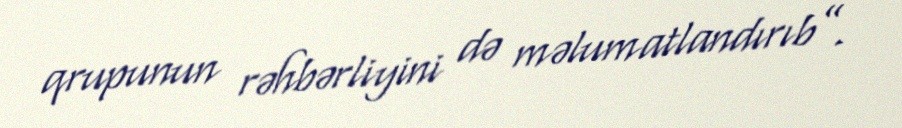
qrupunun rəhbərliyini də məlumatlandırıb”.